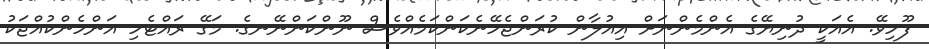
ފޫހިވޭ. އެއަކީ ދުނިޔޭގެ އެންމެންނަށް އިއުލާން ކުރަންޖެހޭނެކަންކަމެއްވެސް ނޫންކަންނޭނގެ. މަގޭ ރައްޓެހި އަންހެންކުއްޖަކު